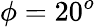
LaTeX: \phi=20^{o}